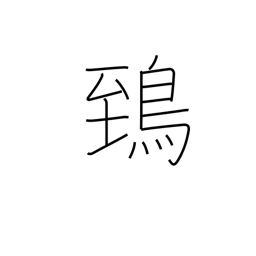
Meaning: horned owl